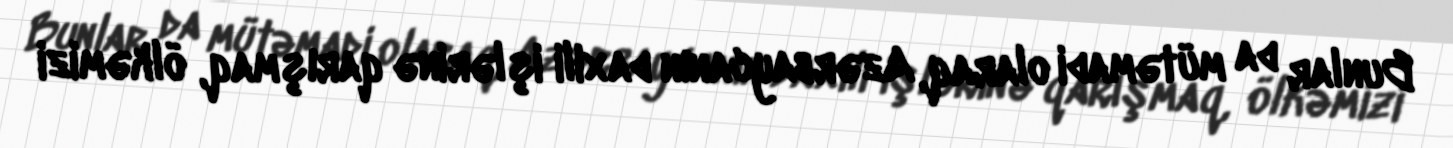
Bunlar da mütəmadi olaraq, Azərbaycanın daxili işlərinə qarışmaq, ölkəmizi